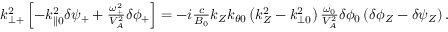
\begin{array} { r } { k _ { \perp + } ^ { 2 } \left[ - k _ { \parallel 0 } ^ { 2 } \delta \psi _ { + } + \frac { \omega _ { + } ^ { 2 } } { V _ { A } ^ { 2 } } \delta \phi _ { + } \right] = - i \frac { c } { B _ { 0 } } k _ { Z } k _ { \theta 0 } \left( k _ { Z } ^ { 2 } - k _ { \perp 0 } ^ { 2 } \right) \frac { \omega _ { 0 } } { V _ { A } ^ { 2 } } \delta \phi _ { 0 } \left( \delta \phi _ { Z } - \delta \psi _ { Z } \right) . } \end{array}